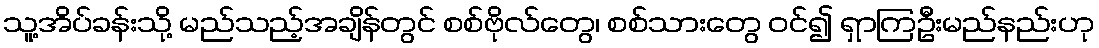
သူ့အိပ်ခန်းသို့ မည်သည့်အချိန်တွင် စစ်ဗိုလ်တွေ၊ စစ်သားတွေ ဝင်၍ ရှာကြဦးမည်နည်းဟု